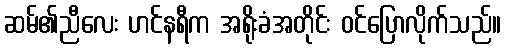
ဆမ်၏ညီလေး ဟင်နရီက အရိုးခံအတိုင်း ဝင်ပြောလိုက်သည်။